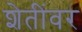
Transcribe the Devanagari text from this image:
शेतींवर